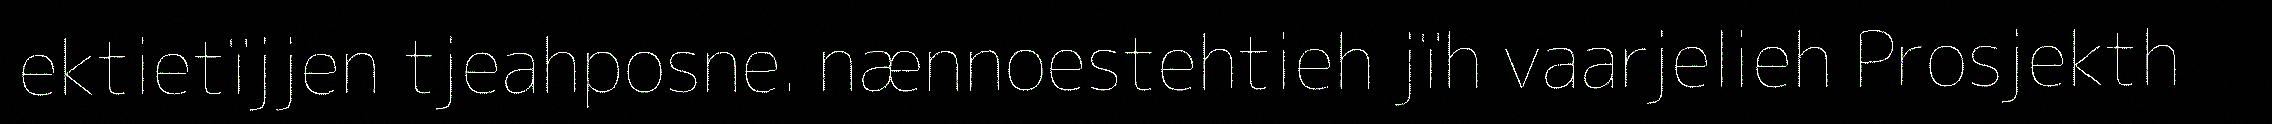
ektietïjjen tjeahposne. nænnoestehtieh jïh vaarjelieh Prosjekth